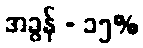
အခွန် - ၁၅%